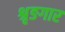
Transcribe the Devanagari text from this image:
श्रृङगार